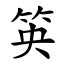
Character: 䇦